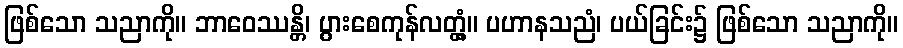
ဖြစ်သော သညာကို။ ဘာဝေဿန္တိ၊ ပွားစေကုန်လတ္တံ့။ ပဟာနသညံ၊ ပယ်ခြင်း၌ ဖြစ်သော သညာကို။